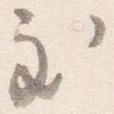
至